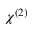
\chi ^ { ( 2 ) }